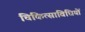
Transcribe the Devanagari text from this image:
चिकित्साविधियों